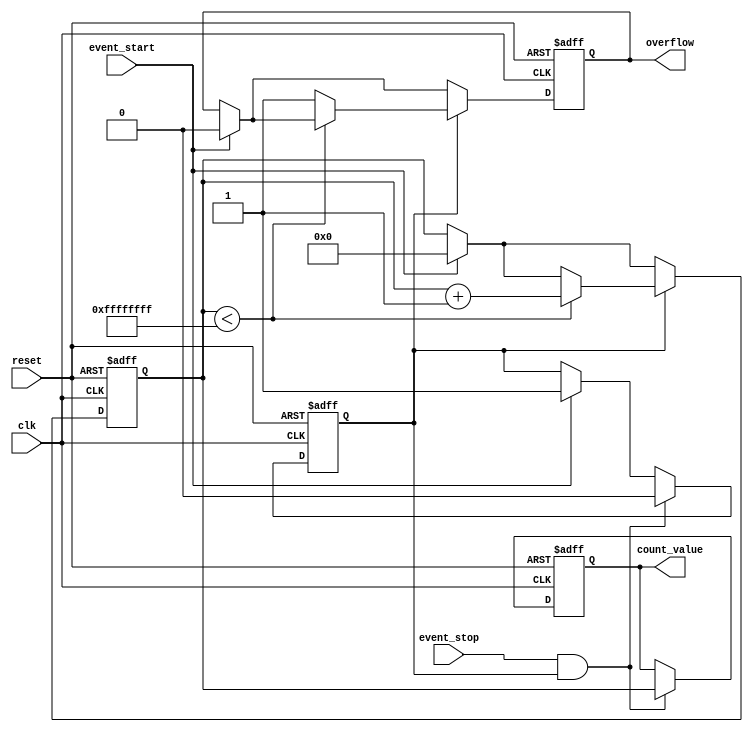
module TDC (
    input wire clk,               // Fast clock input
    input wire reset,             // Asynchronous reset
    input wire event_start,       // Start event signal
    input wire event_stop,        // Stop event signal
    output reg [31:0] count_value, // Latch output count value
    output reg overflow           // Overflow indication
);

    // Time counter
    reg [31:0] counter;            // 32-bit counter to measure time intervals
    reg counting;                  // State to indicate whether counting is active

    // Asynchronous reset and control logic
    always @(posedge clk or posedge reset) begin
        if (reset) begin
            counter <= 32'd0;      // Reset counter to zero
            count_value <= 32'd0;  // Reset output value to zero
            counting <= 1'b0;      // Stop counting
            overflow <= 1'b0;      // Reset overflow flag
        end else begin
            // Start counting on event_start
            if (event_start) begin
                counter <= 32'd0;  // Reset counter on start event
                counting <= 1'b1;   // Begin counting
                overflow <= 1'b0;   // Clear overflow flag
            end

            // Stop counting on event_stop
            if (event_stop && counting) begin
                count_value <= counter;  // Latch the counter value on stop event
                counting <= 1'b0;         // Stop counting
            end

            // Count if we are in counting state
            if (counting) begin
                if (counter < 32'hFFFFFFFF) begin
                    counter <= counter + 1; // Increment counter
                end else begin
                    overflow <= 1'b1;      // Set overflow flag if maximum is reached
                end
            end
        end
    end

endmodule